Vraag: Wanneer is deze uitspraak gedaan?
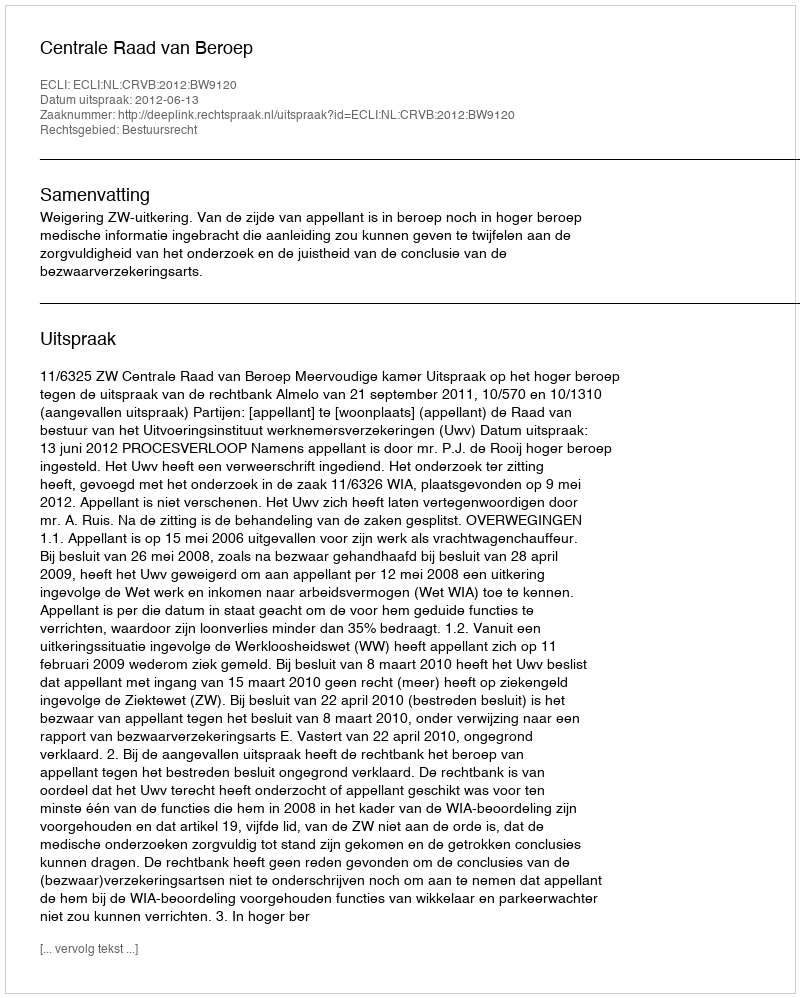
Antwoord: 2012-06-13